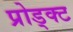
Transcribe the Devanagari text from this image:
प्रोड्क्ट